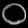
Digit: ၀